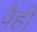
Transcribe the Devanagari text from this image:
वैही